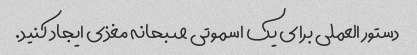
دستور العملی برای یک اسموتی صبحانه مغذی ایجاد کنید.